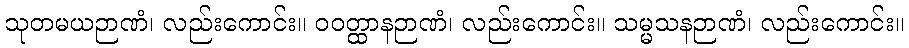
သုတမယဉာဏံ၊ လည်းကောင်း။ ဝဝတ္ထာနဉာဏံ၊ လည်းကောင်း။ သမ္မသနဉာဏံ၊ လည်းကောင်း။